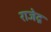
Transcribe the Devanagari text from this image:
राजेद्र